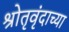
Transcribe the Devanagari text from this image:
श्रोतृवृंदाच्या